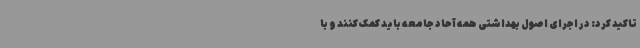
تاکید کرد: در اجرای اصول بهداشتی همه آحاد جامعه باید کمک کنند و با